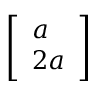
\left[ \begin{array} { l } { a } \\ { 2 a } \end{array} \right]